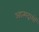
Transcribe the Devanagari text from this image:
आत्मद्रव्यों